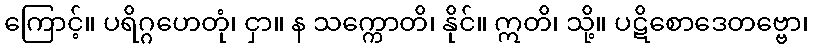
ကြောင့်။ ပရိဂ္ဂဟေတုံ၊ ငှာ။ န သက္ကောတိ၊ နိုင်။ ဣတိ၊ သို့။ ပဋိစောဒေတဗ္ဗော၊